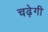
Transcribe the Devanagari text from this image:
चढ़ेगी